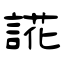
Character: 誮